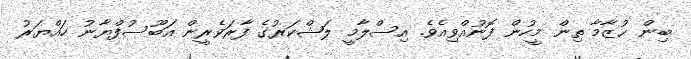
ބިން ޙުޒާމާ ތިން މީހުން ފޮނުއްވިއެވެ. އިސްލާމީ ލަޝްކަރުގެ ފާރަވެރީން އަބޫސުފްޔާނު ހައްޔަރު